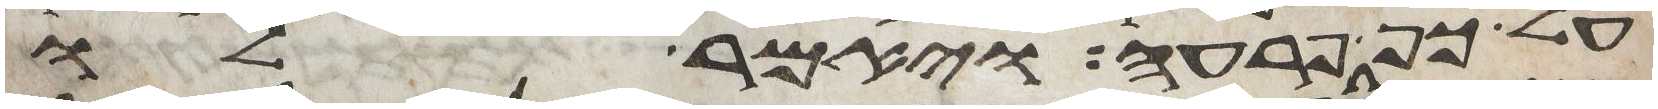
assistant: על כף פרעה ויאמר לו